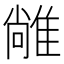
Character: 𨿰